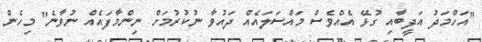
"އަހްމަދު އަދީބާއި ގުޅޭ އެއްވެސް މައްސަލައެއް ދައުވާ ނުކުރުމަށް ނިންމާފައެއް ނުވާނެ" މިހެން